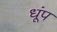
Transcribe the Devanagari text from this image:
धूंप